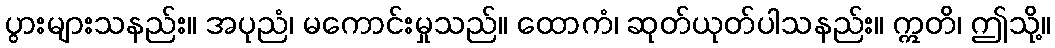
ပွားများသနည်း။ အပုညံ၊ မကောင်းမှုသည်။ ထောကံ၊ ဆုတ်ယုတ်ပါသနည်း။ ဣတိ၊ ဤသို့။